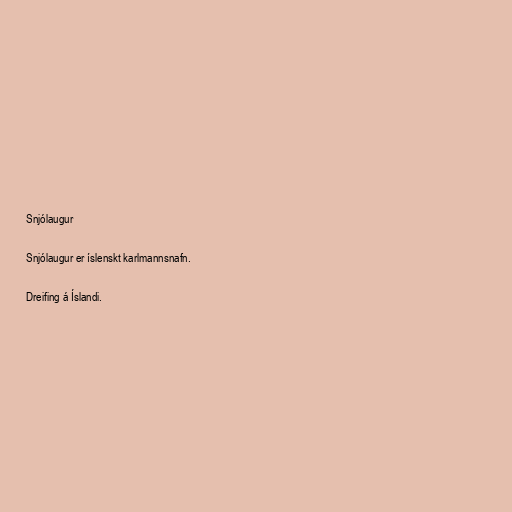
Snjólaugur

Snjólaugur er íslenskt karlmannsnafn.

Dreifing á Íslandi.